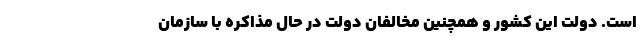
است. دولت این کشور و همچنین مخالفان دولت در حال مذاکره با سازمان